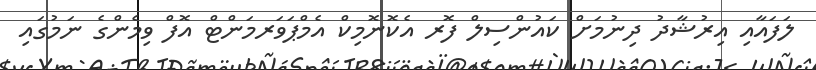
ލަފައާއި އިރުޝާދު ދިނުމަށް ކައުންސިލް ފޮރ އެކޮނޮމިކް އެމްޕަވަރމަންޓް އޮފް ވިމެންގެ ނަމުގައި